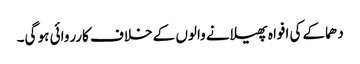
دھماکے کی افواہ پھیلانے والوں کے خلاف کارروائی ہو گی۔